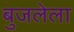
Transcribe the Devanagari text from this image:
बुजलेला